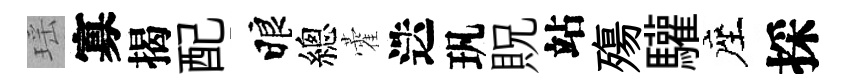
瑶寡揭配睱總藿迭㺬貺站殤驩座採